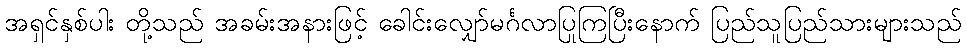
အရှင်နှစ်ပါး တို့သည် အခမ်းအနားဖြင့် ခေါင်းလျှော်မင်္ဂလာပြုကြပြီးနောက် ပြည်သူပြည်သားများသည်